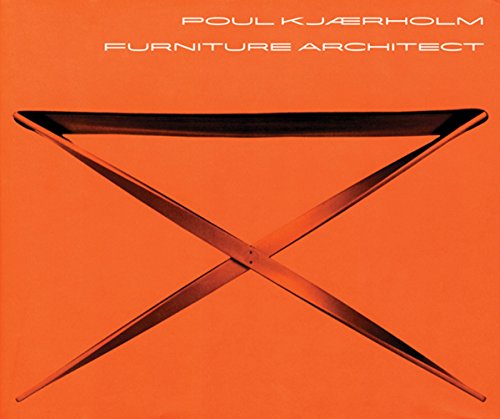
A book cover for Poul Kjaerholm; Michael Sheridan; Arts & Photography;